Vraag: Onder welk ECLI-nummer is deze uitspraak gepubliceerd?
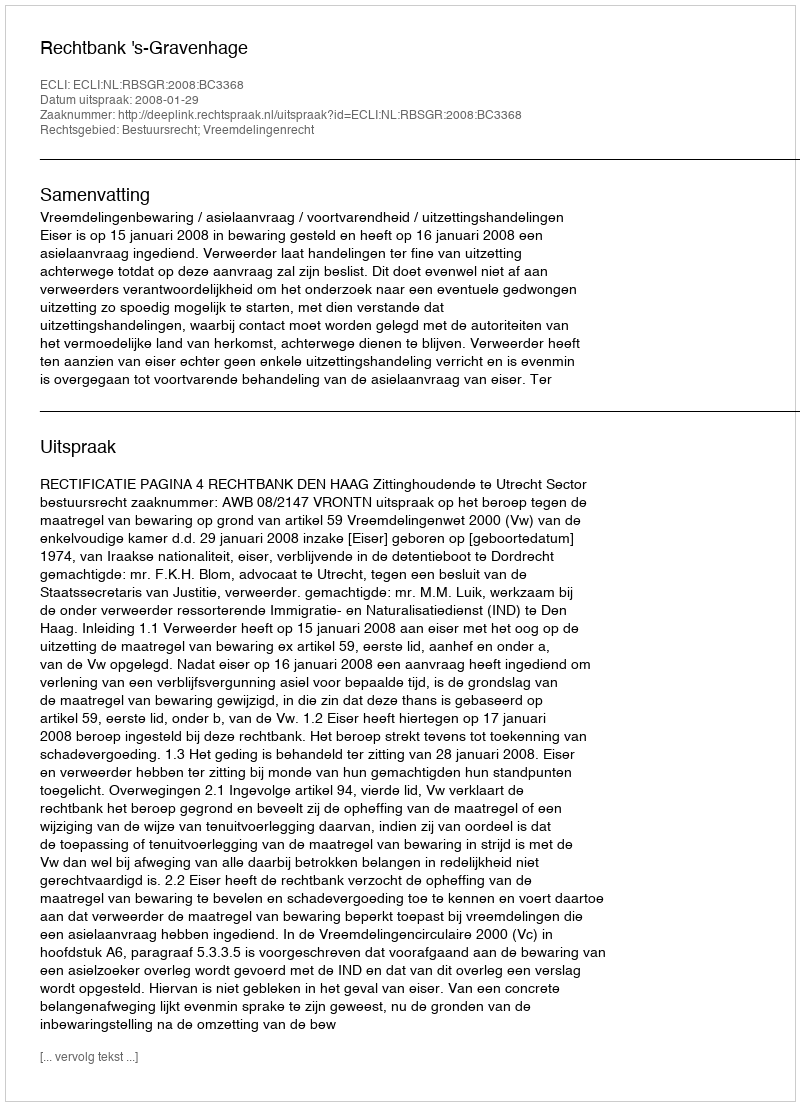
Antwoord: ECLI:NL:RBSGR:2008:BC3368